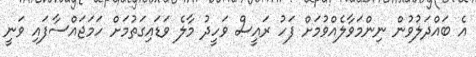
އެ ބައްދަލުވުން ނިންމަވާލެއްވުމަށް ފަހު ރައީސް ވަހީދު މާލެ ވަޑައިގަތުމަށް ހަމަޖައްސާފައި ވަނީ